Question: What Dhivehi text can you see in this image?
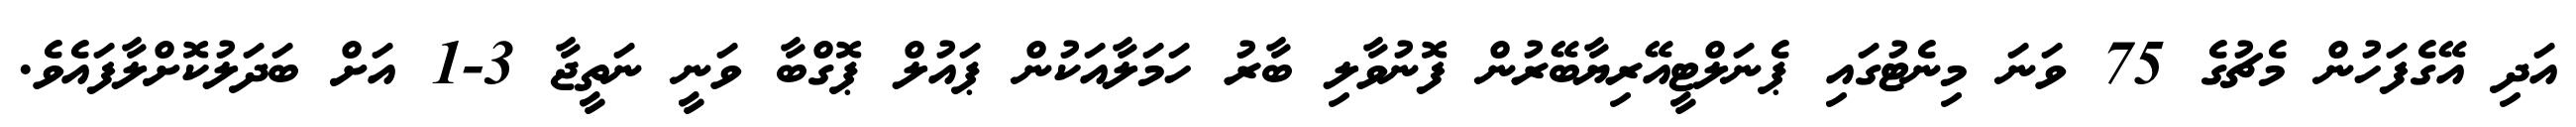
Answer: އަދި އޭގެފަހުން މެޗުގެ 75 ވަނަ މިނެޓުގައި ޕެނަލްޓީއޭރިޔާބޭރުން ފޮނުވާލި ބާރު ހަމަލާއަކުން ޕައުލް ޕޮގްބާ ވަނީ ނަތީޖާ 3-1 އަށް ބަދަލުކޮށްލާފައެވެ.